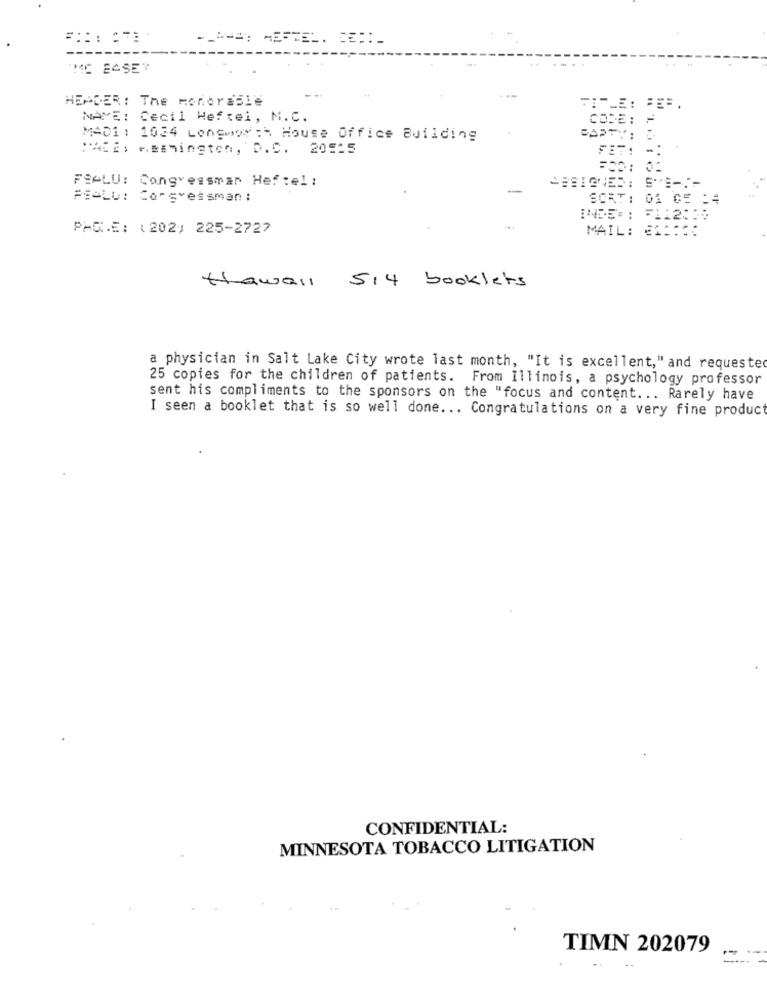
"ME EASE"
HEPDER: The Honorable
ITLE: FE -.
NAME: Cecil Wefrei, N.C.
CODE: =
MAD1 : 1034 Longwow :* House Office Building
BAPTY:
WE2; Heshington, D.C. 20525
FET
FRALU: Congressman Hef tel :
-
PSOLU: Congressman :
SORT: 01 05 :4
INDE'= :
=1120:
PAGE: (202) 225-2727
MAIL: 611:30
Hawall
514 booklets
a physician in Salt Lake City wrote last month, "It is excellent," and requested
25 copies for the children of patients. From Illinois, a psychology professor
sent his compliments to the sponsors on the "focus and content ... Rarely have
I seen a booklet that is so well done ... Congratulations on a very fine product
CONFIDENTIAL:
MINNESOTA TOBACCO LITIGATION
TIMN 202079
----